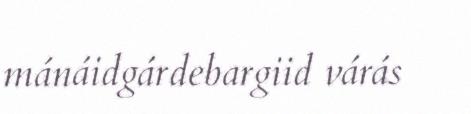
mánáidgárdebargiid várás